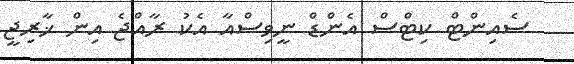
ސެއިންޓް ކިޓްސް އެންޑް ނީވިސްއާ އެކު ރާއްޖެ އިން ޚާރިޖީ